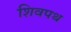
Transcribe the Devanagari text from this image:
शिवपथ